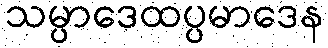
သမ္ပာဒေထပ္ပမာဒေန